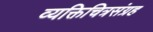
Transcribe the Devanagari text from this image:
व्यक्तिचित्रसंग्रह